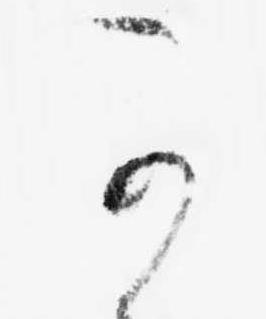
可